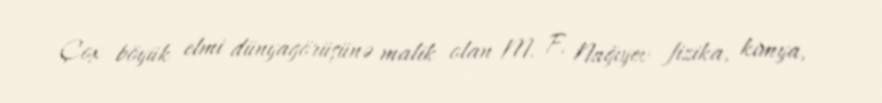
Çox böyük elmi dünyagörüşünə malik olan M. F. Nağıyev fizika, kimya,